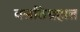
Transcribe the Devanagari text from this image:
वसतिग्रहात